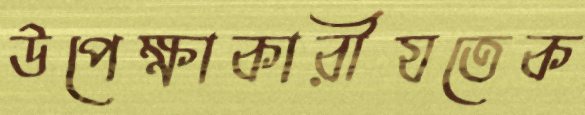
উপেক্ষাকারীযতেক